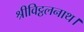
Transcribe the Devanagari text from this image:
श्रीविट्ठलनाथ।